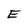
Character: E